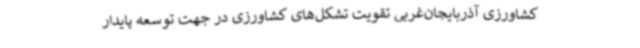
کشاورزی آذربایجان‌غربی تقویت تشکل‌های کشاورزی در جهت توسعه پایدار